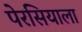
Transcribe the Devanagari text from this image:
पेरसियाला